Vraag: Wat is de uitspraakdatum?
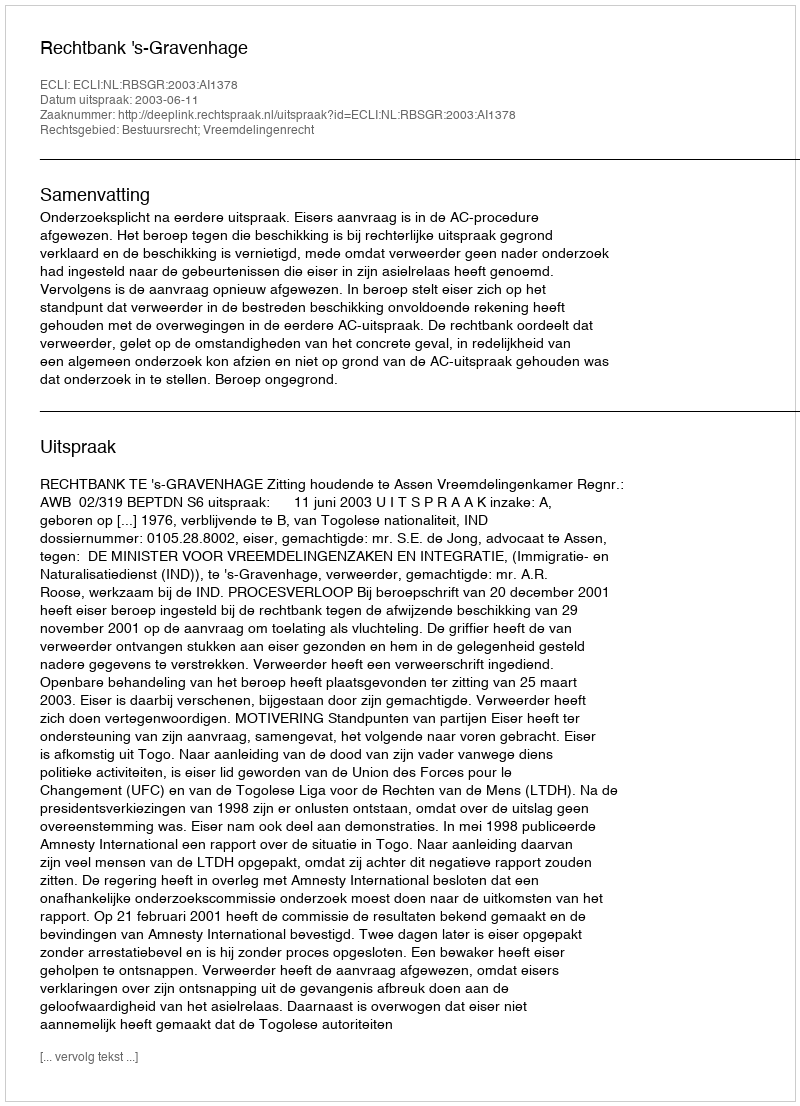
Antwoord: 2003-06-11